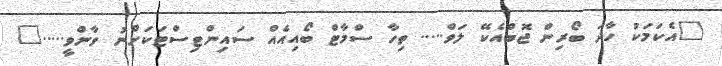
"އެކަމަކު ހާދަ ބޯރިން ޖޮބްއެކޭ ލަވް..... ތިހާ ސްމާޓް ބޯއިއެއް ސައިންޓިސްޓަކަށްނު ވާންވީ....."